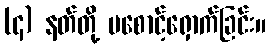
(၄) နတ်တို့ မစောင့်ရှောက်ခြင်း။